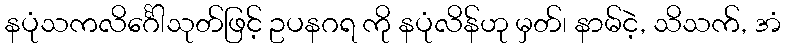
နပုံသကလိင်္ဂေါသုတ်ဖြင့် ဥပနဂရ ကို နပုံလိန်ဟု မှတ်၊ နာမ်ငဲ့, သိသက်, အံ